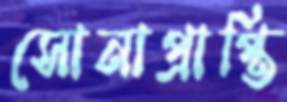
সোনাপ্রাপ্তি